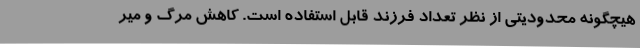
هیچگونه محدودیتی از نظر تعداد فرزند قابل استفاده است. کاهش مرگ و میر